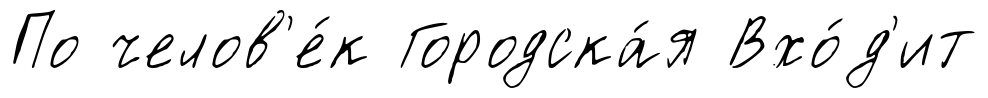
По челов'е́к Городска́я Вхо́д'ит